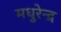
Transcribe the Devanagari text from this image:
मधुरेन्द्र